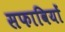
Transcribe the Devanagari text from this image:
सफावियों